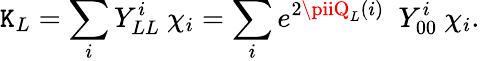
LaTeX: \mathtt{K}_{L}=\sum_{i}Y_{LL}^{i}\ \chi_{i}=\sum_{i}e^{2\piiQ_{L}(i)}\ \ Y_{00}^{i}\ \chi_{i}.